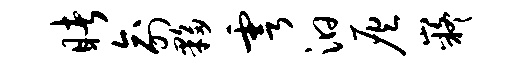
睹俞夥雩汩灰嶷